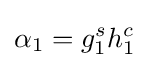
\alpha _{1}=g_{1}^{s}h_{1}^{c}